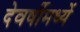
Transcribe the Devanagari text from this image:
देवर्षीमध्यें